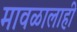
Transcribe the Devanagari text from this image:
मावळालाही